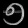
Digit: ၅